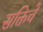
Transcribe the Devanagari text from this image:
सक्तिचे